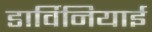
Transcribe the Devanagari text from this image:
डार्विनियाई